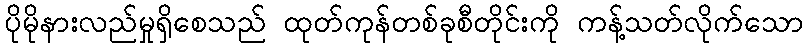
ပိုမိုနားလည်မှုရှိစေသည် ထုတ်ကုန်တစ်ခုစီတိုင်းကို ကန့်သတ်လိုက်သော